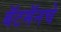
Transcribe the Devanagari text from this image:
बॅटमॅनचे